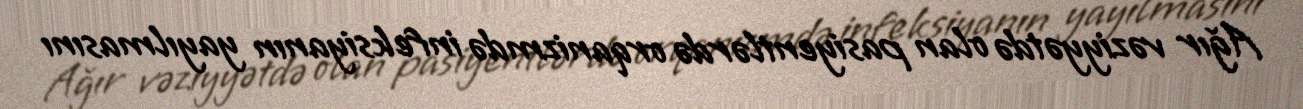
Ağır vəziyyətdə olan pasiyentlərdə orqanizmdə infeksiyanın yayılmasını